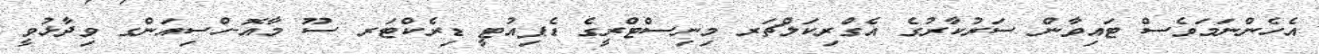
އެހެންނަމަވެސް ޓައިވާން ސަރުކާރުގެ އެގްރިކަލްޗަރ މިނިސްޓްރީގެ ޑެޕިއުޓީ ޑިރެކްޓަރ ސޫ މާއޮ-ހްސިއަންގ ވިދާޅުވީ